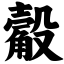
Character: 觳